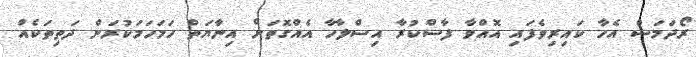
ރޯދަމަސް އެހާ ކައިރިވެފައި އޮއްވާ ފާސްކުރާ އިސްލާހާ އެއްގޮތަށް އިނާޔަތް ހަމަހަމަކުރަން ދަތިތަކެއް